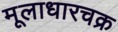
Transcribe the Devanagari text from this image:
मूलाधारचक्र